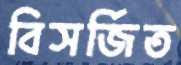
বিসর্জিত